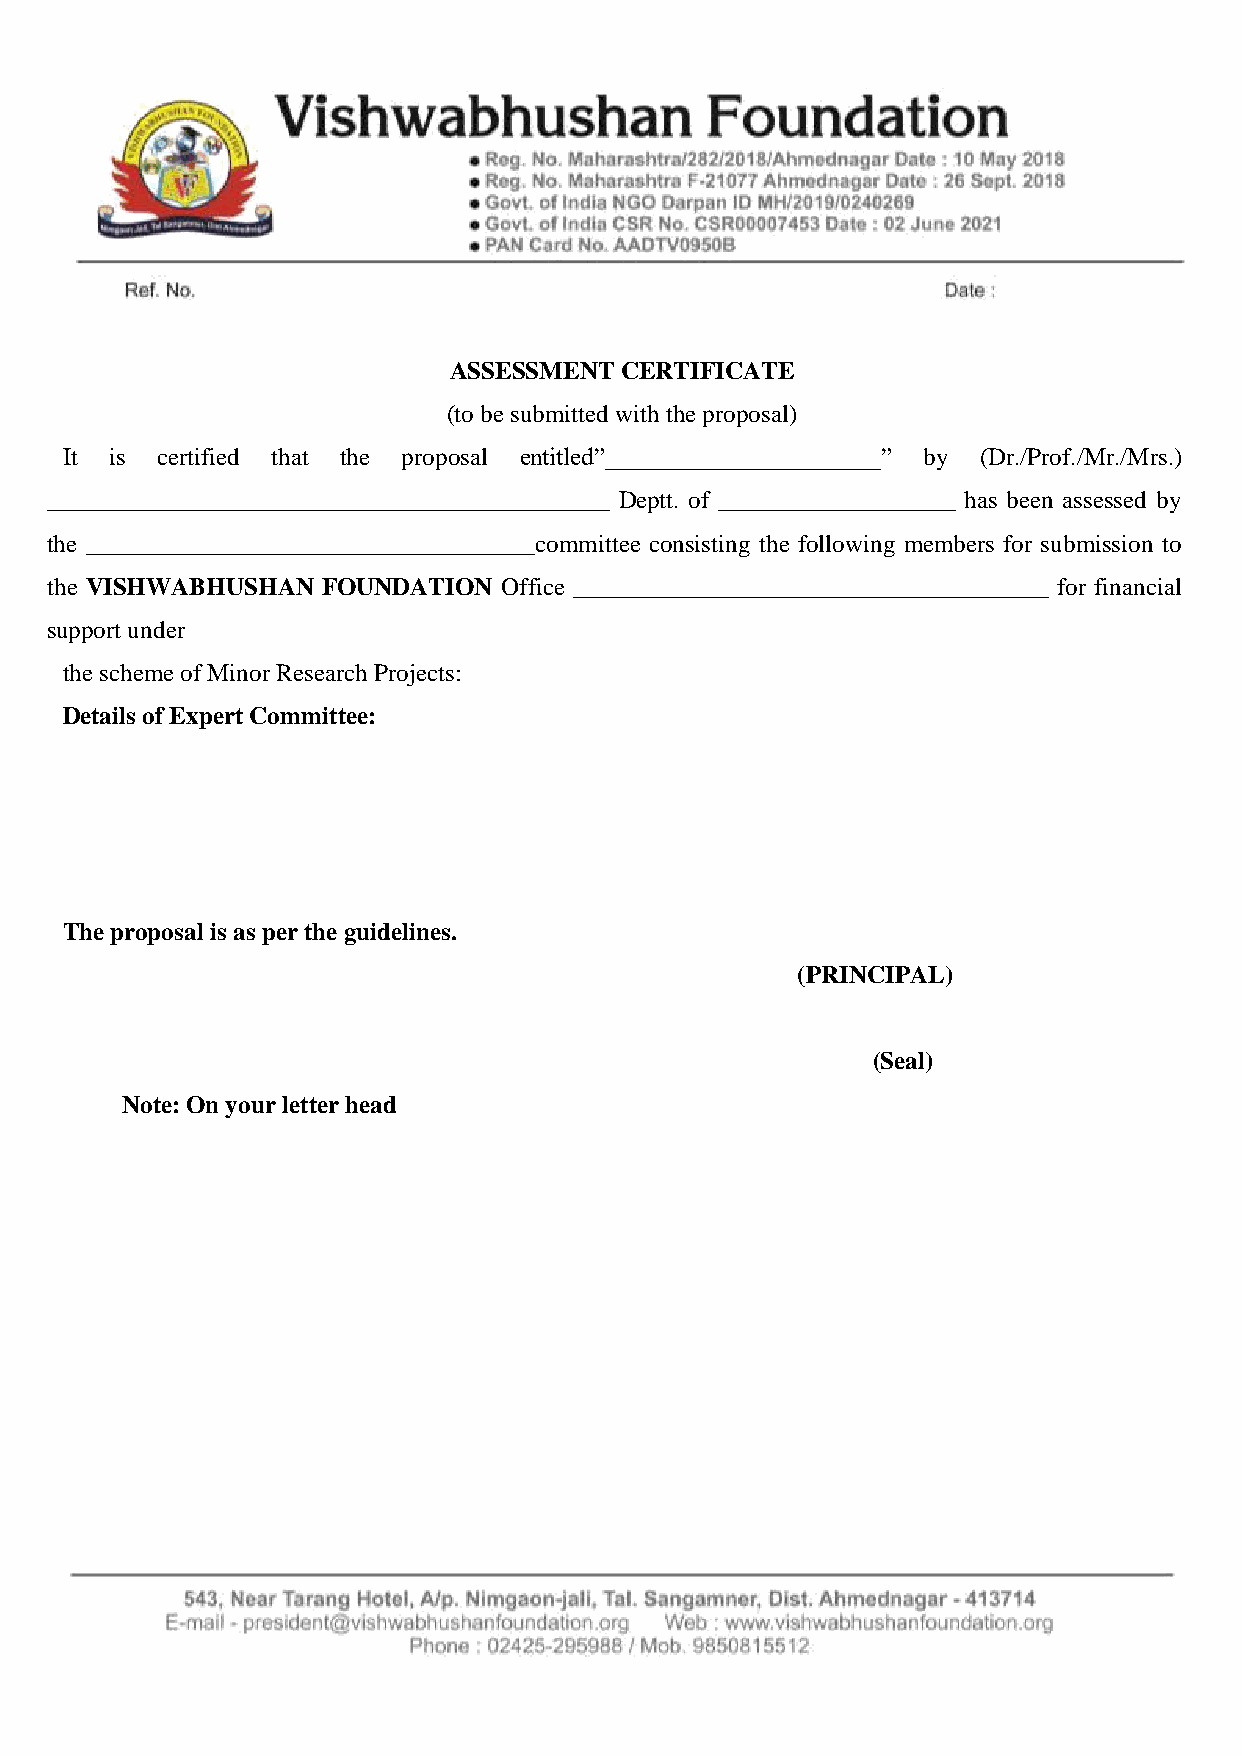
ASSESSMENT CERTIFICATE
 (to be submitted with the proposal)
 It is certified that the proposal entitled”______________________” by (Dr./Prof./Mr./Mrs.)
 _____________________________________________ Deptt. of ___________________ has been assessed by
 the ____________________________________committee consisting the following members for submission to
 the VISHWABHUSHAN FOUNDATION  Office ______________________________________ for financial
 support under
 the scheme of Minor Research Projects:
 Details of Expert Committee:
 The proposal is as per the guidelines.
 (PRINCIPAL)
 (Seal)
 Note: On your letter head